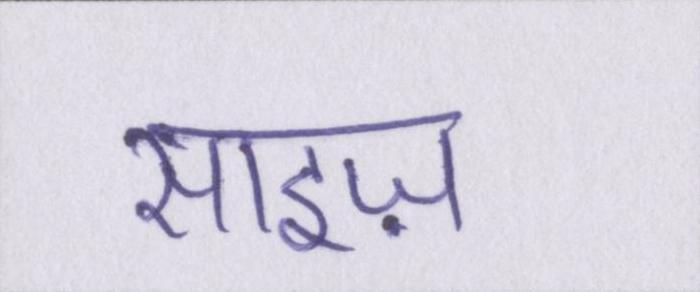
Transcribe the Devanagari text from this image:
साइज़